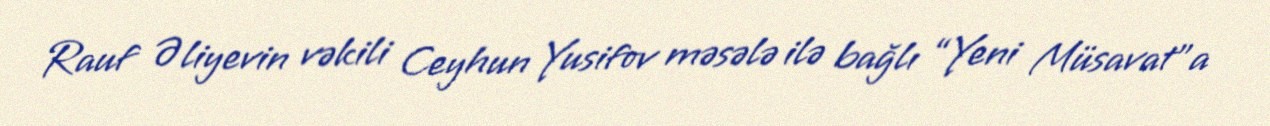
Rauf Əliyevin vəkili Ceyhun Yusifov məsələ ilə bağlı “Yeni Müsavat”a